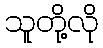
သူတို့လို